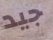
جيد